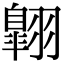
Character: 翺